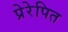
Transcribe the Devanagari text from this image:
प्रेरेपित